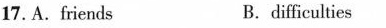
17.A.friends B. difficulties